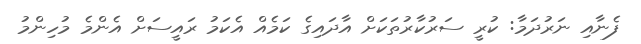
ފެނާއި ނަރުދަމާ: ކުރީ ސަރުކާރުތަކަށް އާދައިގެ ކަމެއް އެކަމު ރައީސަށް އެންމެ މުހިންމު